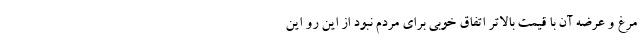
مرغ و عرضه آن با قیمت بالاتر اتفاق خوبی برای مردم نبود از این رو این